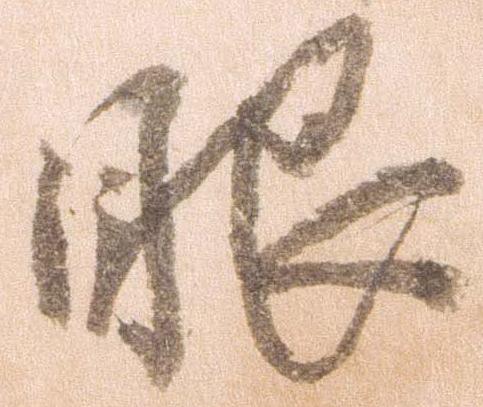
眼